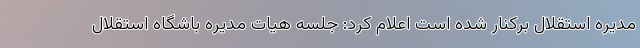
مدیره استقلال برکنار شده است اعلام کرد: جلسه هیات مدیره باشگاه استقلال